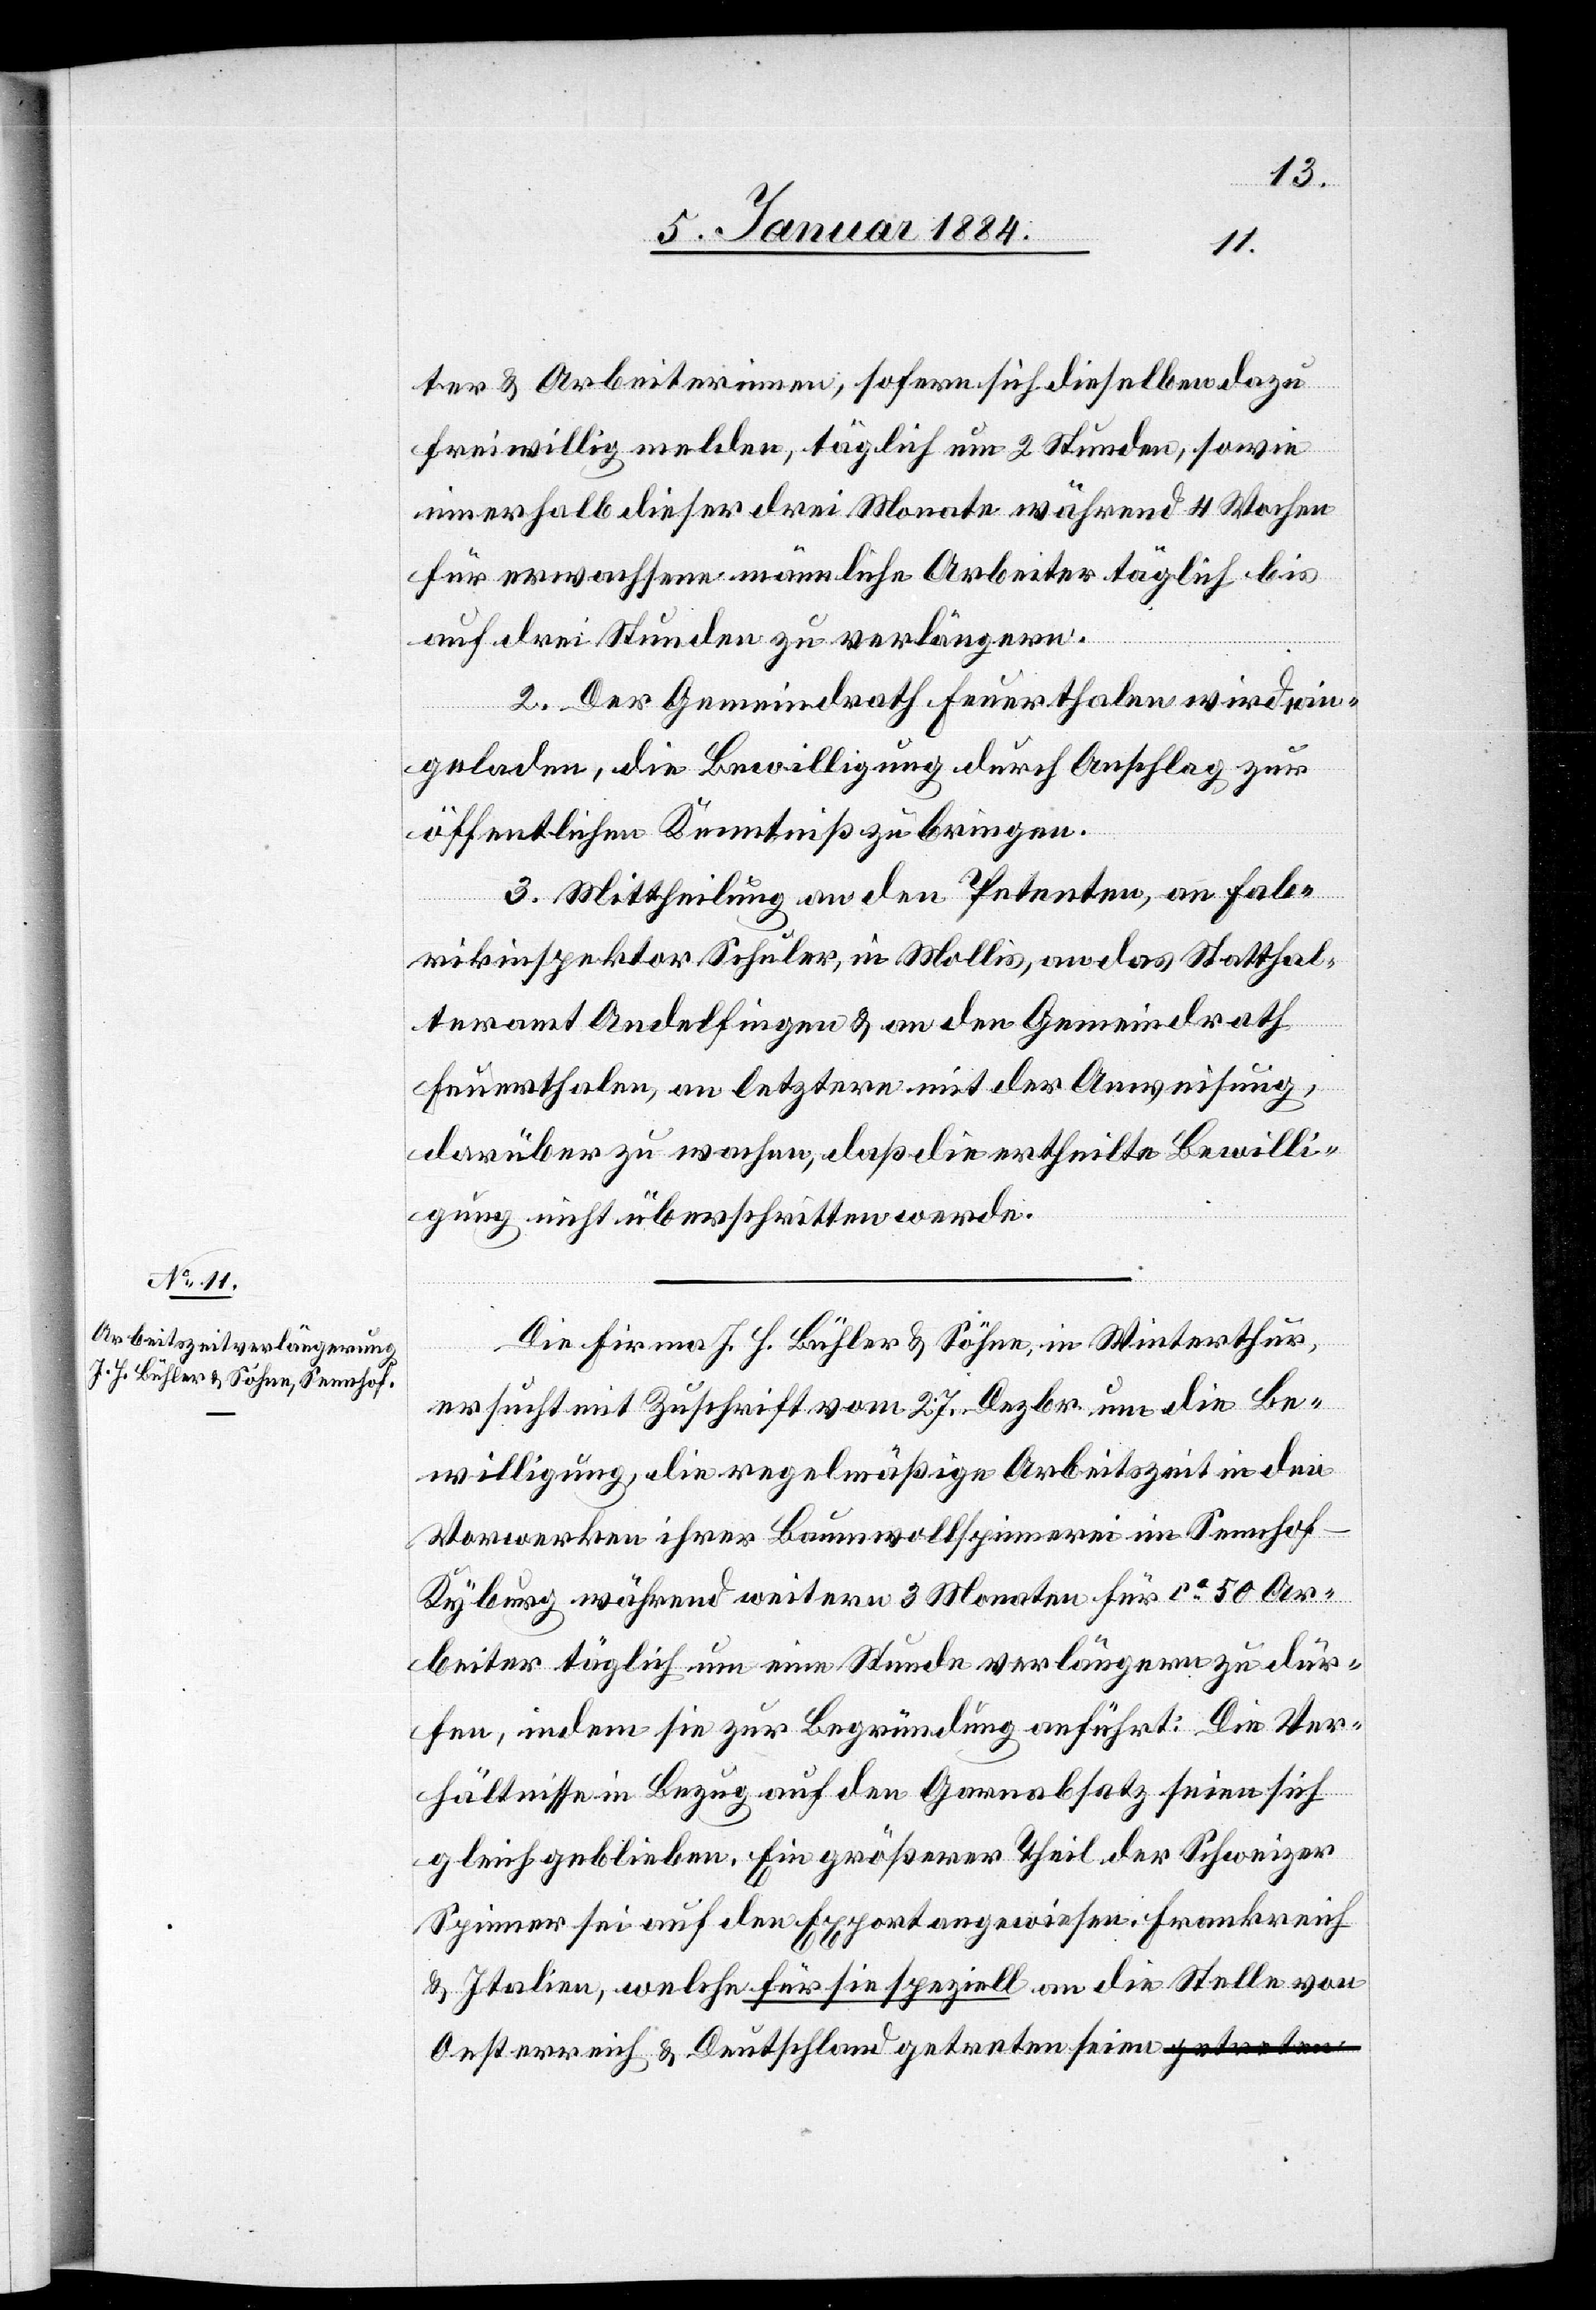
ter & Arbeiterinnen, sofern sich dieselben dazu
freiwillig melden, täglich um 2 Stunden, sowie
innerhalb dieser drei Monate während 4 Wochen
für erwachsene männliche Arbeiter täglich bis
auf drei Stunden zu verlängern.
2. Der Gemeindrath Feuerthalen wird ein¬
geladen, die Bewilligung durch Anschlag zur
öffentlichen Kenntniß zu bringen.
3. Mittheilung an den Petenten, an Fab¬
rikinspektor Schuler, in Mollis, an das Statthal¬
teramt Andelfingen & an den Gemeindrath
Feuerthalen, an letztern mit der Anweisung,
darüber zu wachen, daß die ertheilte Bewilli¬
gung nicht überschritten werde.
Die Firma J. J. Bühler & Söhne, in Winterthur,
ersucht mit Zuschrift vom 27. Dezbr. um die Be¬
willigung, die regelmäßige Arbeitszeit in den
Vorwerken ihrer Baumwollspinnerei im Sennhof
Kyburg während weitern 3 Monaten für ca 50 Ar¬
beiter täglich um eine Stunde verlängern zu dür¬
fen, indem sie zur Begründung anführt: Die Ver¬
hältnisse in Bezug auf den Garnabsatz seien sich
gleich geblieben. Ein größerer Theil der Schweizer
Spinner sei auf den Export angewiesen. Frankreich
& Italien, welche für sie speziell an die Stelle von
Oesterreich & Deutschland getreten seien,